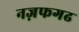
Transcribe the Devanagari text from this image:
नज़फगढ